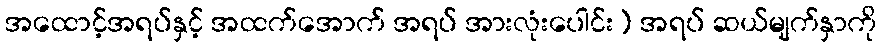
အထောင့်အရပ်နှင့် အထက်အောက် အရပ် အားလုံးပေါင်း) အရပ် ဆယ်မျက်နှာကို